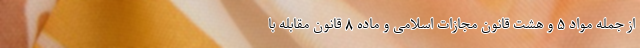
از جمله مواد ۵ و هشت قانون مجازات اسلامی و ماده ۸ قانون مقابله با